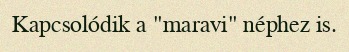
Kapcsolódik a "maravi" néphez is.